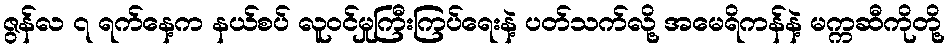
ဇွန်လ ၇ ရက်နေ့က နယ်စပ် လူဝင်မှုကြီးကြပ်ရေးနဲ့ ပတ်သက်လို့ အမေရိကန်နဲ့ မက္ကဆီကိုတို့